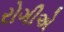
રોગીએ